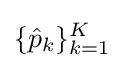
\{{\hat {p}}_{k}\}_{k=1}^{K}